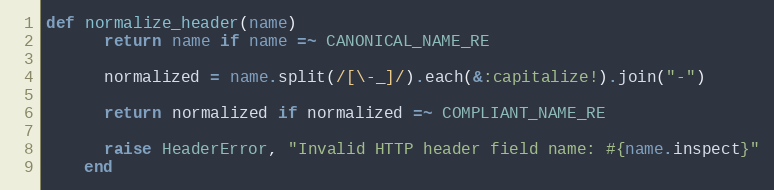
Language: Ruby
def normalize_header(name)
      return name if name =~ CANONICAL_NAME_RE

      normalized = name.split(/[\-_]/).each(&:capitalize!).join("-")

      return normalized if normalized =~ COMPLIANT_NAME_RE

      raise HeaderError, "Invalid HTTP header field name: #{name.inspect}"
    end